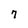
Character: 7